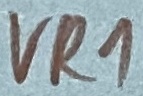
Text: VR1